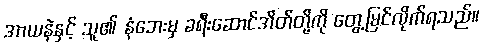
အာယနဲနှင့် သူ၏ နံဘေးမှ ခရီးဆောင်အိတ်တို့ကို တွေ့မြင်လိုက်ရသည်။